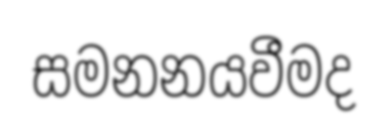
සමනනයවීමද